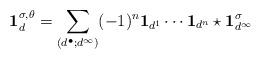
LaTeX: \begin{align*}\mathbf{1}_d^{\sigma, \theta } = \sum_{(d^{\bullet}; d^{\infty})} (-1)^n \mathbf{1}_{d^1} \cdots \mathbf{1}_{d^n} \star \mathbf{1}^{\sigma}_{d^{\infty}}\end{align*}